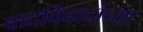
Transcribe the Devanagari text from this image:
वादविवादांच्या